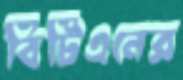
বিটিএনের